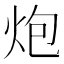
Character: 炮